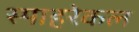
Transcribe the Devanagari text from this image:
स्पाहरेकल